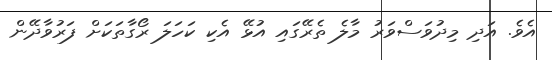
އެވެ. އަދި މިދުވަސްވަރު މާލެ ތެރޭގައި އުޅޭ އެކި ކަހަލަ ރޯގާތަކަށް ފަރުވާދޭން